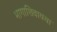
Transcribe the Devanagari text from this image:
भागाशिवायचा